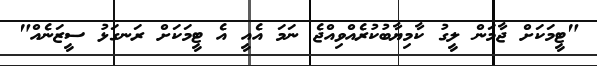
"ޓީމަކަށް ޖާމަން ލީގު ކާމިޔާބުކުރެއްވިއްޖެ ނަމަ އެއީ އެ ޓީމަކަށް ރަނގަޅު ސީޒަނެއް"